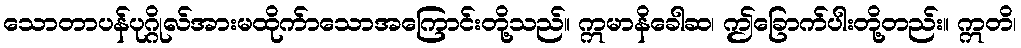
သောတာပန်ပုဂ္ဂိုလ်အားမထိုက်ာသောအကြောင်းတို့သည်။ ဣမာနိခေါဆ၊ ဤခြောက်ပါးတို့တည်း။ ဣတိ၊